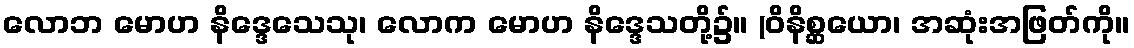
လောဘ မောဟ နိဒ္ဒေသေသု၊ လောက မောဟ နိဒ္ဒေသတို့၌။ (ဝိနိစ္ဆယော၊ အဆုံးအဖြတ်ကို။